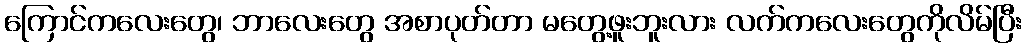
ကြောင်ကလေးတွေ၊ ဘာလေးတွေ အစာပုတ်တာ မတွေ့ဖူးဘူးလား လက်ကလေးတွေကိုလိမ်ပြီး